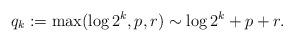
LaTeX: \begin{align*} q_k := \max (\log 2^k, p, r)\sim \log 2^k + p + r.\end{align*}